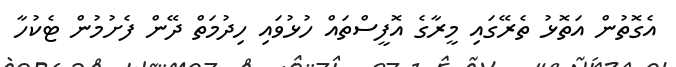
އެގޮތުން އަތޮޅު ތެރޭގައި މީރާގެ އޮފީސްތައް ހުޅުވައި ހިދުމަތް ދޭން ފެށުމުން ޓެކުހާ